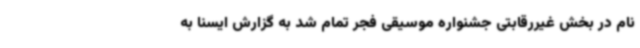
نام در بخش غیررقابتی جشنواره موسیقی فجر تمام شد به گزارش ایسنا به